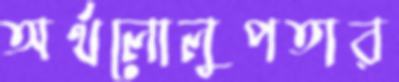
অর্থলোলুপতার